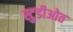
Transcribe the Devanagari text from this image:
स्टुडीओत